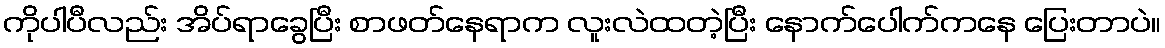
ကိုပါပီလည်း အိပ်ရာခွေပြီး စာဖတ်နေရာက လူးလဲထတဲ့ပြီး နောက်ပေါက်ကနေ ပြေးတာပဲ။